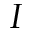
I